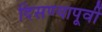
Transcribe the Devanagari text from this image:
दिसण्यापूर्वी